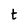
Character: t